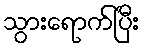
သွားရောက်ပြီး